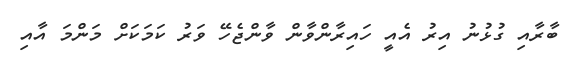
ބާރާއި ގުޅުނު އިރު އެއީ ހައިރާންވާން ވާންޖެހޭ ވަރު ކަމަކަށް މަންމަ އާއި